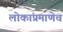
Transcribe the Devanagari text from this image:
लोकांप्रमाणेच